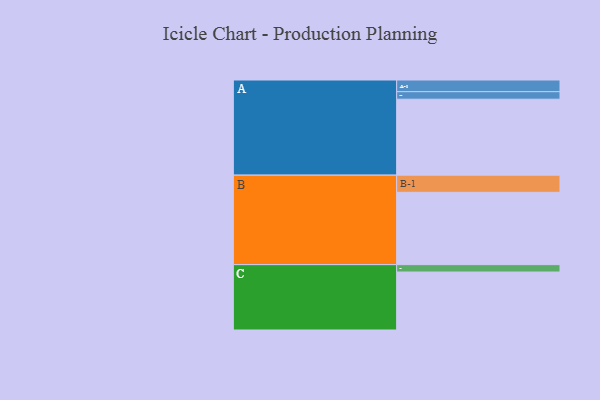
{"axis": {"x": "Segment", "y": "Value"}, "legend": ["", "A", "B", "C"], "data": [{"x": "A", "y": 566, "type": ""}, {"x": "B", "y": 539, "type": ""}, {"x": "C", "y": 432, "type": ""}, {"x": "A-1", "y": 87, "type": "A"}, {"x": "A-2", "y": 56, "type": "A"}, {"x": "B-1", "y": 128, "type": "B"}, {"x": "C-1", "y": 55, "type": "C"}]}